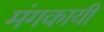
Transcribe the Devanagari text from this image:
मंगकायी